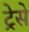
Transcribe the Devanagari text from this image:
ट्रेसे